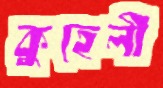
কুহেলী